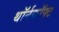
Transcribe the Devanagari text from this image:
थॉर्नक्रॉफ्ट